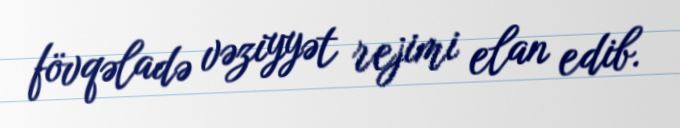
fövqəladə vəziyyət rejimi elan edib.